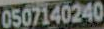
0507140240